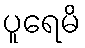
ပူရေမိ